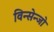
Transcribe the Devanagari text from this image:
विन्सेन्जो